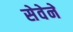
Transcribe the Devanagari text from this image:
सेवेनें